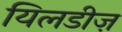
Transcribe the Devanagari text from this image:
यिलडीज़